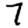
Digit: 7